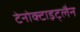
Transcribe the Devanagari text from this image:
टेनोक्टाइट्लैन